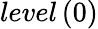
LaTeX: {level}\left(0\right)